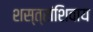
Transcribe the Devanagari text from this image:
शस्त्रांशिवाय